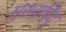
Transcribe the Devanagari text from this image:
मुख्यबिंदु